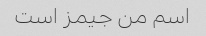
اسم من جیمز است